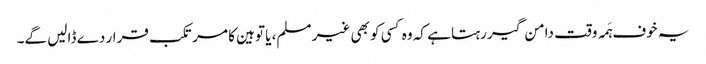
یہ خوف ہَمہ وقت دامن گیر رہتا ہے کہ وہ کسی کو بھی غیر مسلم، یا توہین کا مرتکب قرار دے ڈالیں گے۔